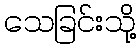
သေခြင်းသို့